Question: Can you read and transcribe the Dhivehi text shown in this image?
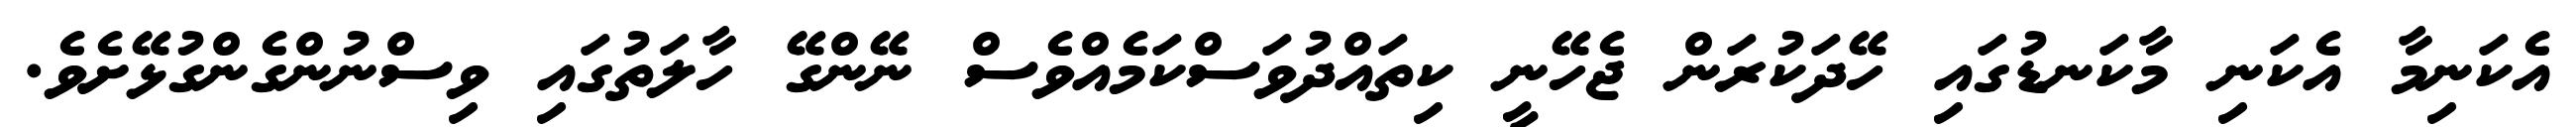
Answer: އެކަނިމާ އެކަނި މާކަނޑުގައި ހޭދަކުރަން ޖެހޭނީ ކިތައްދުވަސްކަމެއްވެސް ނޭންގޭ ހާލަތުގައި ވިސްނުންގެންގުޅޭށެވެ.